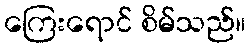
ကြေးရောင် စိမ်သည်။